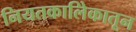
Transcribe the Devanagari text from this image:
नियतकालिेकातून